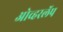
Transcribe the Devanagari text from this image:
ओव्हरलॅप